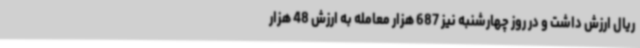
ریال ارزش داشت و در روز چهارشنبه نیز 687 هزار معامله به ارزش 48 هزار